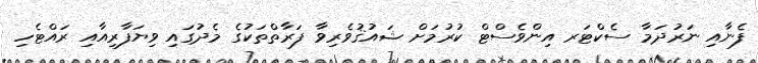
ފެނާއި ނަރުދަމާ ސެކްޓަރ އިންވެސްޓް ކުރުމަށް ޝައުޤުވެރިވާ ފަރާތްތަކުގެ މެދުގައި ވިޔަފާރިއާއި ރައްޓެހި